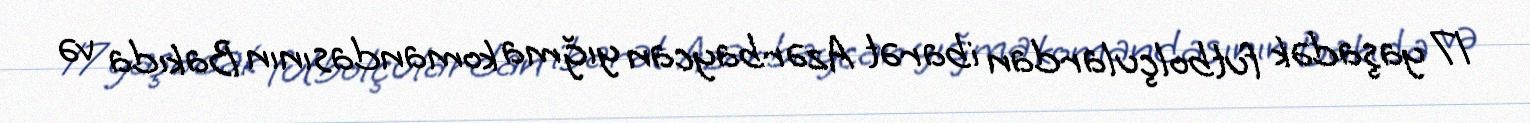
17 yaşadək futbolçulardan ibarət Azərbaycan yığma komandasının Bakıda və